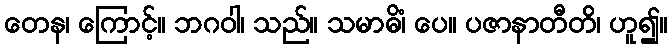
တေန၊ ကြောင့်။ ဘဂဝါ၊ သည်။ သမာဓိံ၊ ပေ။ ပဇာနာတီတိ၊ ဟူ၍။